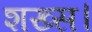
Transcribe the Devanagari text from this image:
शख्स।